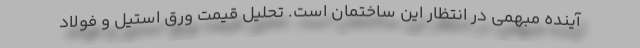
آینده مبهمی در انتظار این ساختمان است. تحلیل قیمت ورق استیل و فولاد